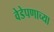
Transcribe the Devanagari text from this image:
वेडेपणाच्या